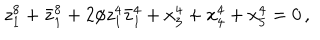
z _ { 1 } ^ { 8 } + \bar { z } _ { 1 } ^ { 8 } + 2 \phi z _ { 1 } ^ { 4 } \bar { z } _ { 1 } ^ { 4 } + x _ { 3 } ^ { 4 } + x _ { 4 } ^ { 4 } + x _ { 5 } ^ { 4 } = 0 \, ,